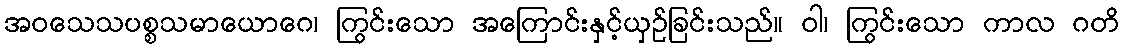
အဝသေသပစ္စသမာယောဂေ၊ ကြွင်းသော အကြောင်းနှင့်ယှဉ်ခြင်းသည်။ ဝါ၊ ကြွင်းသော ကာလ ဂတိ